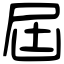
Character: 屆